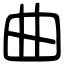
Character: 曲